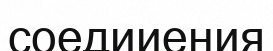
соедииения